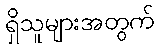
ရှိသူများအတွက်